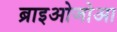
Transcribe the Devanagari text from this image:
ब्राइओजोआ